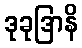
ဒုခုဒြာနိ